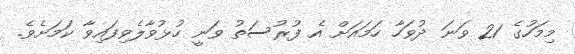
މިމަހުގެ 21 ވަނަ ދުވަހާ ހަމައަށް އެ ފުރުސަތު ވަނީ ހުޅުވާލެވިފައިވާ ކަމަށެވެ.